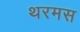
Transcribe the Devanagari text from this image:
थरमस